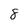
Character: 8